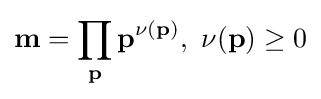
\mathbf {m} =\prod _{\mathbf {p} }\mathbf {p} ^{\nu (\mathbf {p} )},\,\,\nu (\mathbf {p} )\geq 0